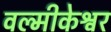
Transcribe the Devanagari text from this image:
वल्मीकेश्वर